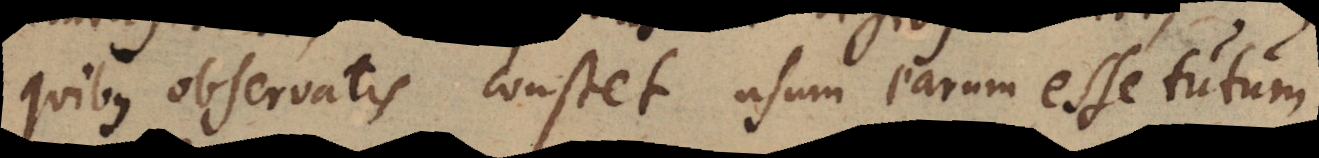
quibus observatis constet usum earum esse tutum